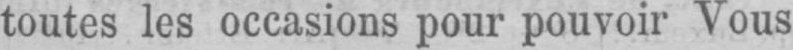
toutes les occasions pour pouvoir Vous